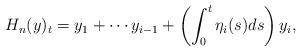
LaTeX: \begin{align*}H_{n}(y)_{t}=y_{1}+\cdots y_{i-1}+\left(\int_{0}^{t}\eta_{i}(s)ds\right)y_{i},\end{align*}